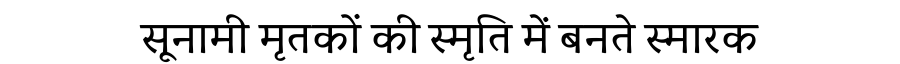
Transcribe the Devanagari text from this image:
सूनामी मृतकों की स्मृति में बनते स्मारक